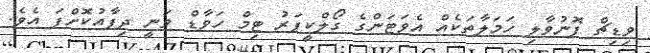
ވިޑިޗް ފޮނުވާލި ހަމަލާތަކެއް އެވަޓަންގެ ގޯލްކީޕަރު ޓިމް ހަވާޑް ވަނީ ދިފާއުކޮށްފަ އެވެ.